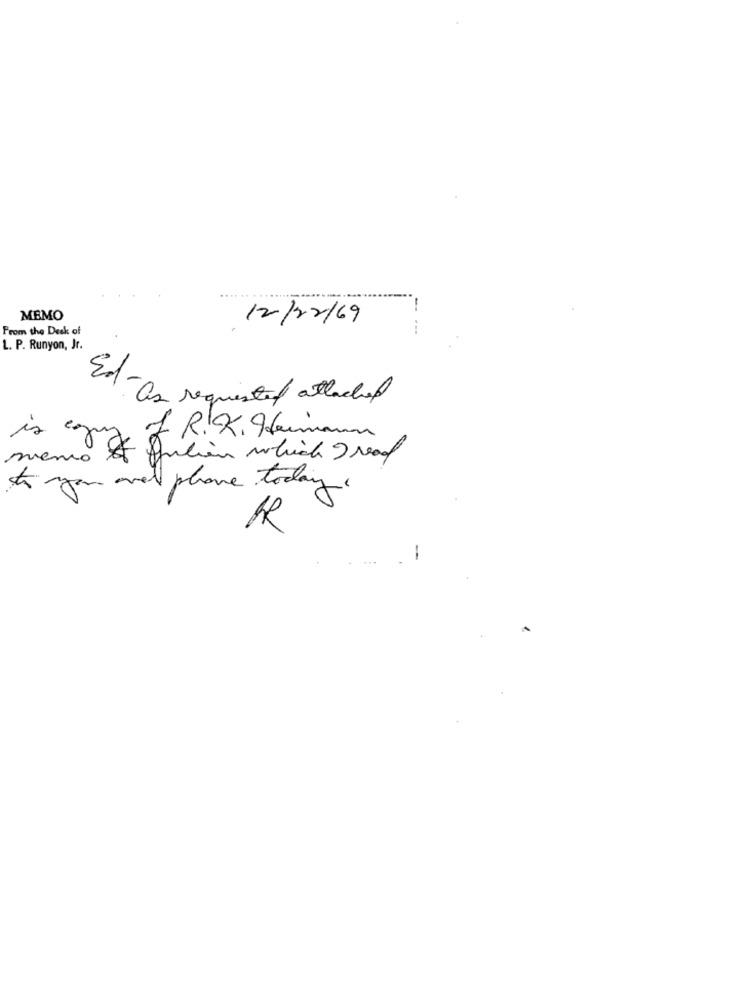
MEMO
From the Desk of
12/02/69
L. P. Runyon, Jr.
Edt-on requested attached
of R.K. Heimann
memo ?
is egy Julian which I read
to you are phone today
-